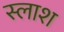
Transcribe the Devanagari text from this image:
स्लाश